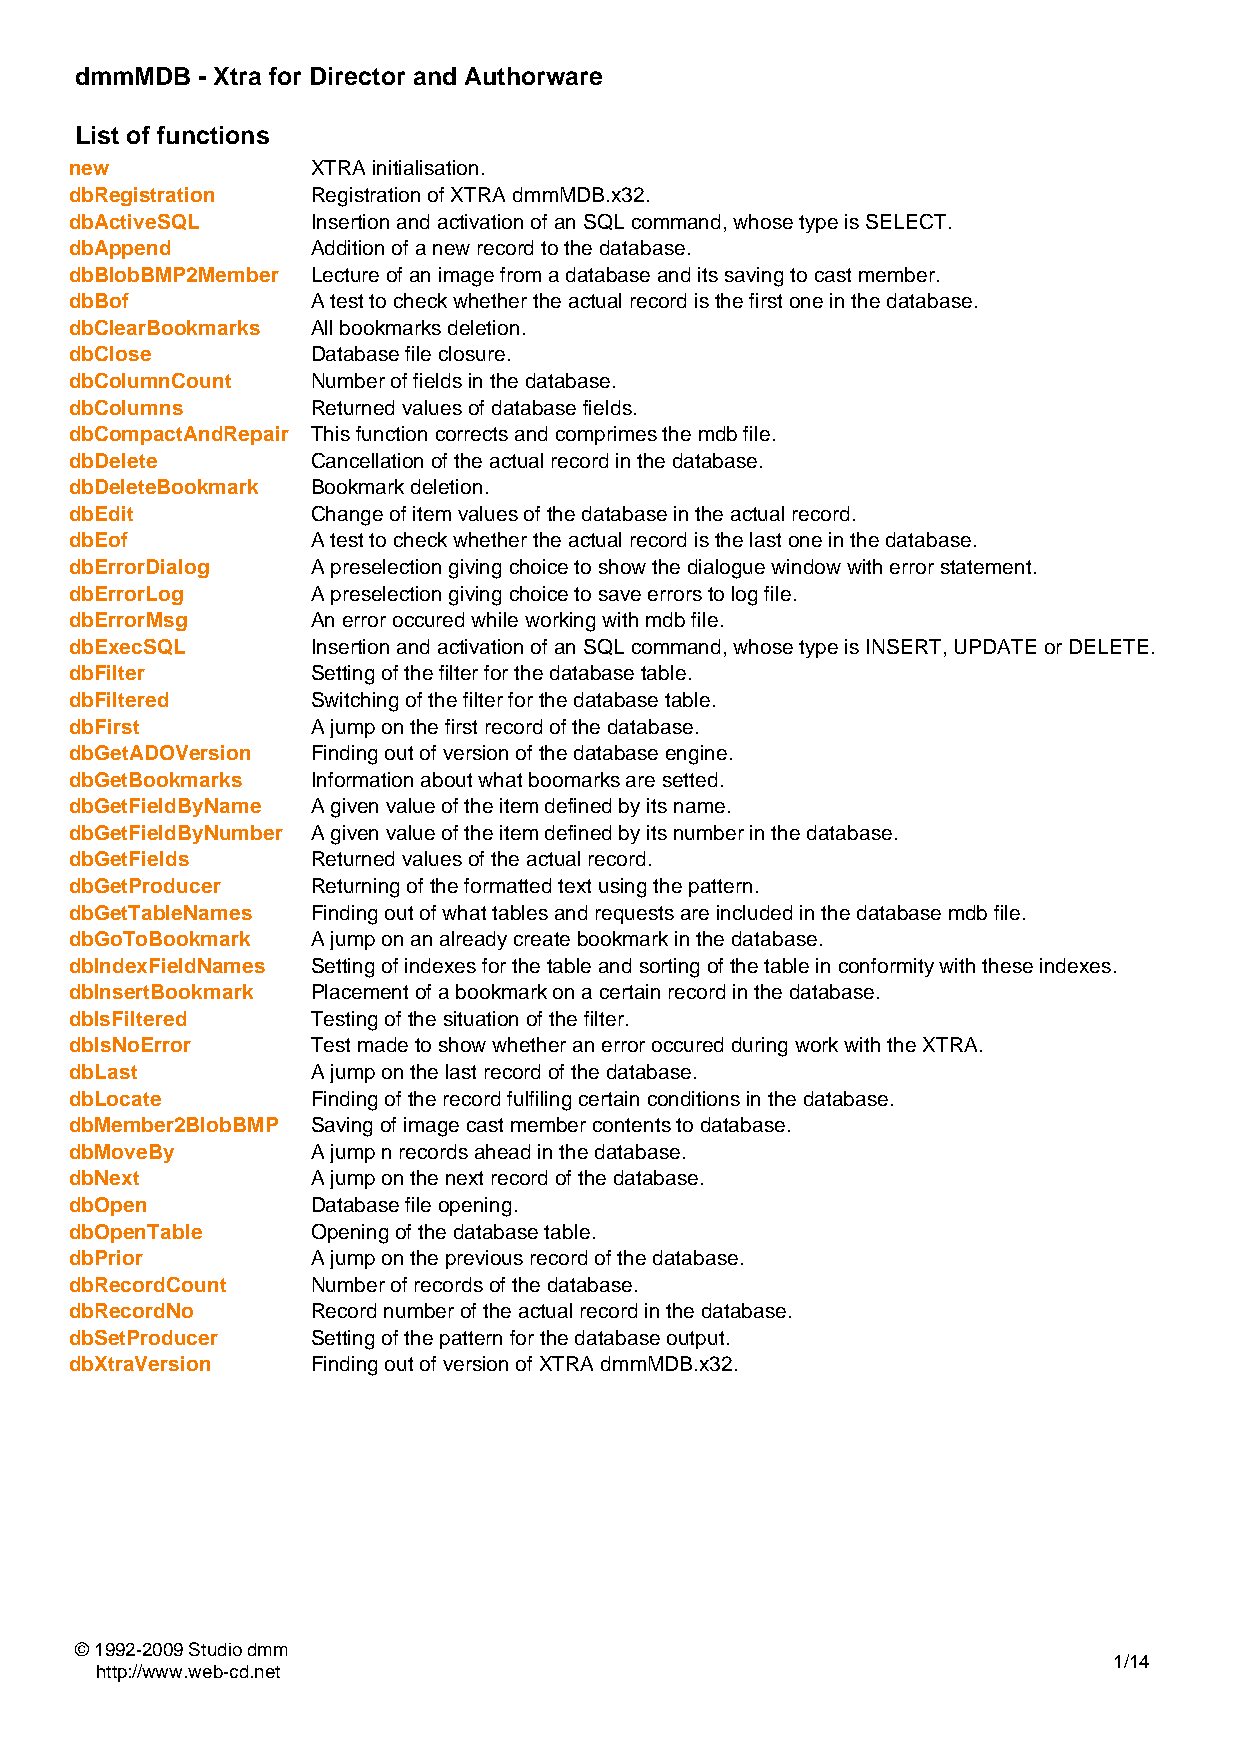
dmmMDB  - Xtra for Director and Authorware
 List of functions
 new             XTRA initialisation.
 dbRegistration  Registration of XTRA dmmMDB.x32.
 dbActiveSQL     Insertion and activation of an SQL command, whose type is SELECT.
 dbAppend        Addition of a new record to the database.
 dbBlobBMP2Member Lecture of an image from a database and its saving to cast member.
 dbBof           A test to check whether the actual record is the first one in the database.
 dbClearBookmarks All bookmarks deletion.
 dbClose         Database file closure.
 dbColumnCount   Number of fields in the database.
 dbColumns       Returned values of database fields.
 dbCompactAndRepair This function corrects and comprimes the mdb file.
 dbDelete        Cancellation of the actual record in the database.
 dbDeleteBookmark Bookmark deletion.
 dbEdit          Change of item values of the database in the actual record.
 dbEof           A test to check whether the actual record is the last one in the database.
 dbErrorDialog   A preselection giving choice to show the dialogue window with error statement.
 dbErrorLog      A preselection giving choice to save errors to log file.
 dbErrorMsg      An error occured while working with mdb file.
 dbExecSQL       Insertion and activation of an SQL command, whose type is INSERT, UPDATE or DELETE.
 dbFilter        Setting of the filter for the database table.
 dbFiltered      Switching of the filter for the database table.
 dbFirst         A jump on the first record of the database.
 dbGetADOVersion Finding out of version of the database engine.
 dbGetBookmarks  Information about what boomarks are setted.
 dbGetFieldByName A given value of the item defined by its name.
 dbGetFieldByNumber A given value of the item defined by its number in the database.
 dbGetFields     Returned values of the actual record.
 dbGetProducer   Returning of the formatted text using the pattern.
 dbGetTableNames Finding out of what tables and requests are included in the database mdb file.
 dbGoToBookmark  A jump on an already create bookmark in the database.
 dbIndexFieldNames Setting of indexes for the table and sorting of the table in conformity with these indexes.
 dbInsertBookmark Placement of a bookmark on a certain record in the database.
 dbIsFiltered    Testing of the situation of the filter.
 dbIsNoError     Test made to show whether an error occured during work with the XTRA.
 dbLast          A jump on the last record of the database.
 dbLocate        Finding of the record fulfiling certain conditions in the database.
 dbMember2BlobBMP Saving of image cast member contents to database.
 dbMoveBy        A jump n records ahead in the database.
 dbNext          A jump on the next record of the database.
 dbOpen          Database file opening.
 dbOpenTable     Opening of the database table.
 dbPrior         A jump on the previous record of the database.
 dbRecordCount   Number of records of the database.
 dbRecordNo      Record number of the actual record in the database.
 dbSetProducer   Setting of the pattern for the database output.
 dbXtraVersion   Finding out of version of XTRA dmmMDB.x32.
 © 1992-2009 Studio dmm
 1/14
 http://www.web-cd.net